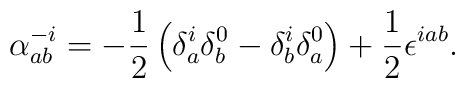
\alpha^{-i}_{ab}=-\frac{1}{2}\left(\delta^i_a\delta^0_b-\delta^i_b\delta^0_a\right)+\frac{1}{2}\epsilon^{iab}.